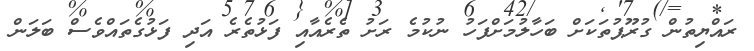
ރައްޔިތުން ގުރޫޕުތަކަށް ބަހާލުމަށްފަހު ނުކުމެ ރަށު ތެރެއާއި ފަޅުތެރެ އަދި ފަޅުގެތައްވެސް ބަލަން